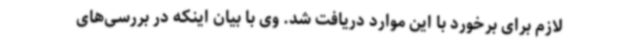
لازم برای برخورد با این موارد دریافت شد. وی با بیان اینکه در بررسی‌های